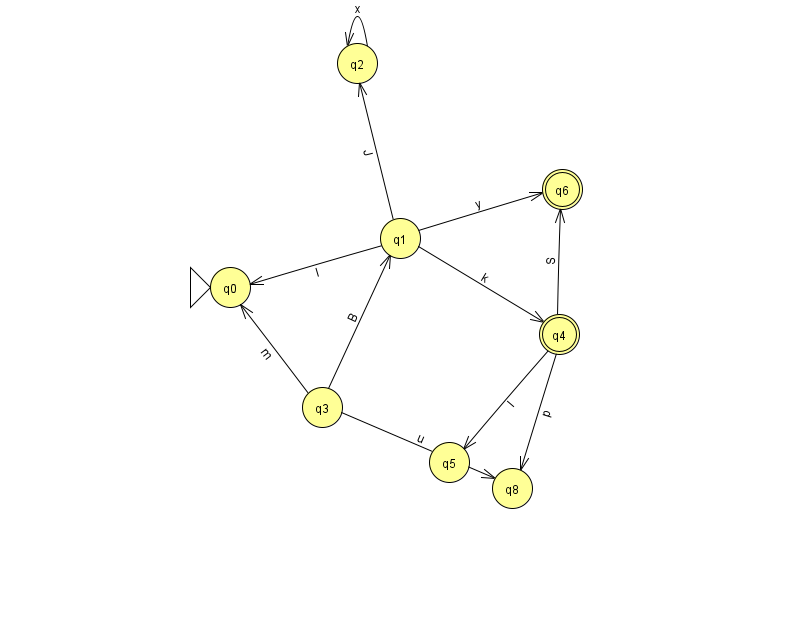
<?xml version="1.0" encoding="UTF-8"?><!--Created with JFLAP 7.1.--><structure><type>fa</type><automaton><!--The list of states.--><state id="0" name="q0"><x>230.0</x><y>274.0</y><initial/></state><state id="1" name="q1"><x>400.0</x><y>225.0</y></state><state id="2" name="q2"><x>357.0</x><y>50.0</y></state><state id="3" name="q3"><x>322.0</x><y>394.0</y></state><state id="4" name="q4"><x>559.0</x><y>321.0</y><final/></state><state id="5" name="q5"><x>449.0</x><y>449.0</y></state><state id="6" name="q6"><x>562.0</x><y>176.0</y><final/></state><state id="8" name="q8"><x>512.0</x><y>475.0</y></state><!--The list of transitions.--><transition><from>3</from><to>1</to><read>B</read></transition><transition><from>4</from><to>8</to><read>p</read></transition><transition><from>4</from><to>6</to><read>S</read></transition><transition><from>3</from><to>8</to><read>u</read></transition><transition><from>1</from><to>2</to><read>J</read></transition><transition><from>1</from><to>6</to><read>y</read></transition><transition><from>2</from><to>2</to><read>x</read></transition><transition><from>4</from><to>5</to><read>l</read></transition><transition><from>3</from><to>0</to><read>m</read></transition><transition><from>1</from><to>0</to><read>l</read></transition><transition><from>1</from><to>4</to><read>k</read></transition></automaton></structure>